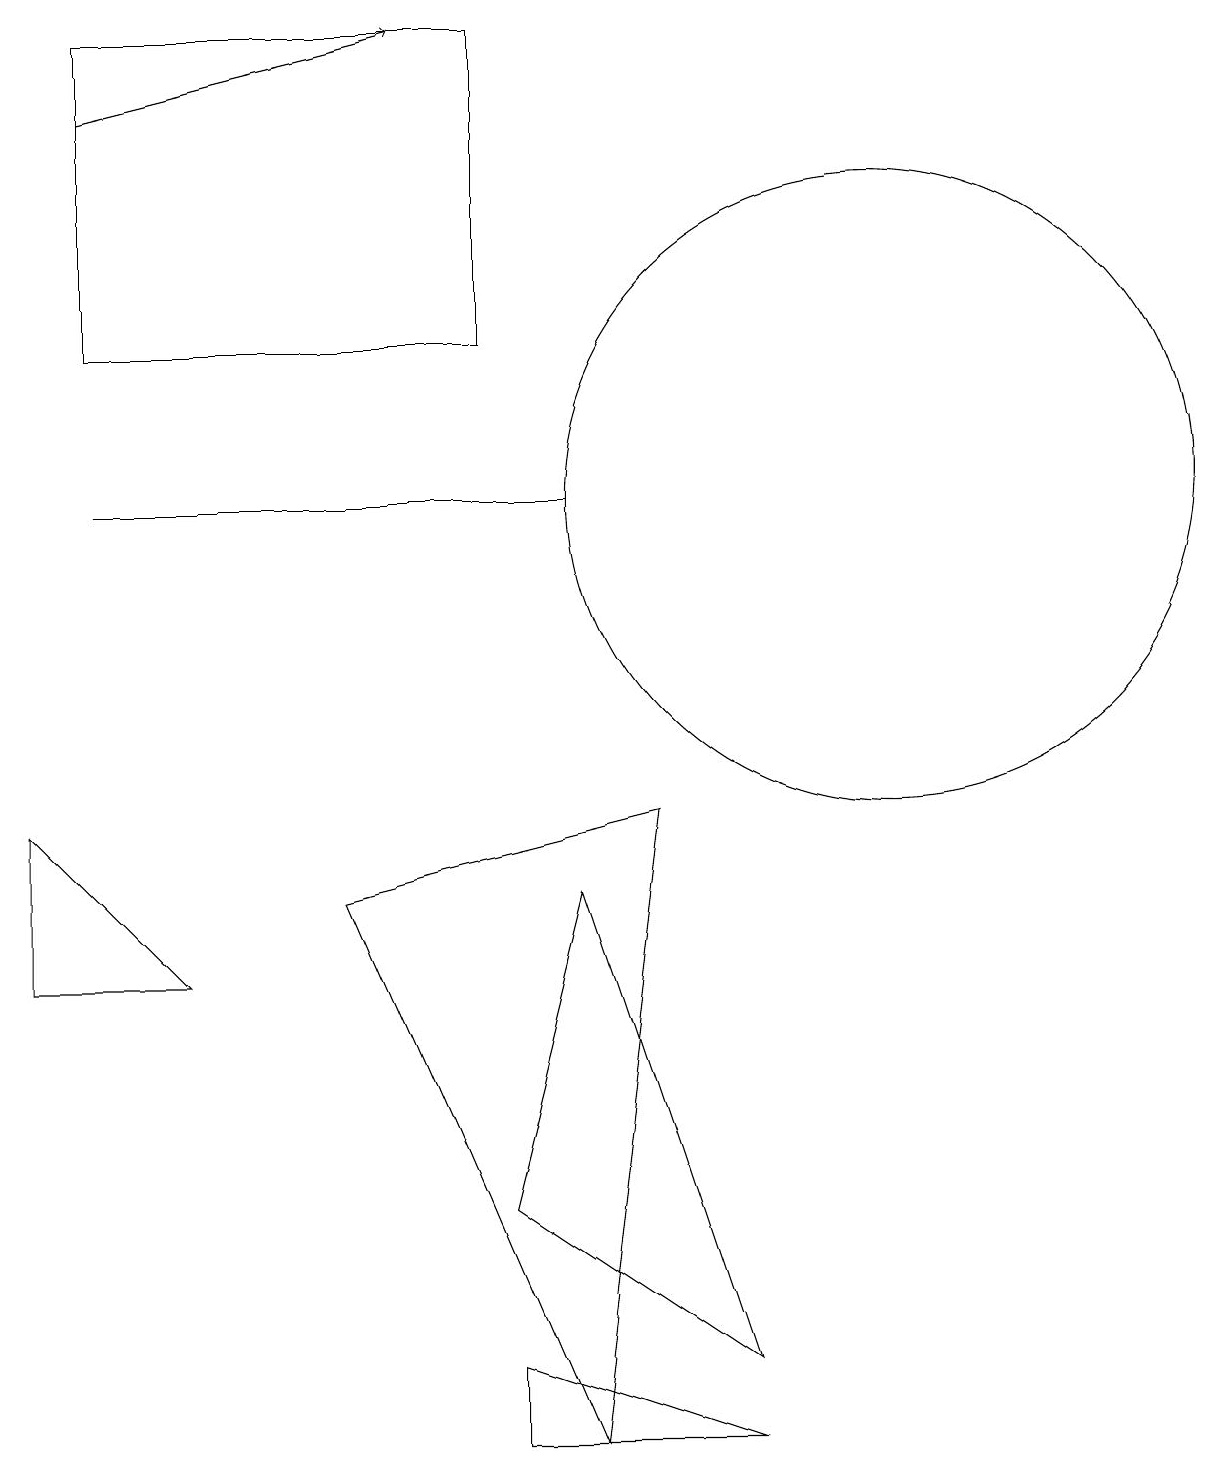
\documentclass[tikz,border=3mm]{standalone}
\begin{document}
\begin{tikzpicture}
\draw (9,1) -- (7,7) -- (6,3) -- cycle;
\draw (8,8) -- (4,7) -- (7,0) -- cycle;
\draw (6,14) rectangle (1,18);
\draw (1,12) rectangle (7,12);
\draw (2,6) -- (0,8) -- (0,6) -- cycle;
\draw[->] (1,17) -- (5,18);
\draw (9,0) -- (6,0) -- (6,1) -- cycle;
\draw (11,12) circle (4);
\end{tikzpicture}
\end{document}